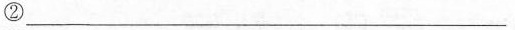
②___